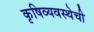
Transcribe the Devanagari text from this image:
कृषिव्यवस्थेची